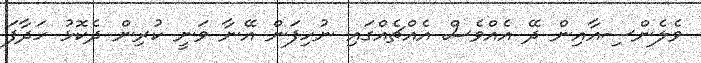
ވެލެންސިއާއިން ދޭ އެއްވެސް އެއްޗެއްގައި ނުހިފަން އޭނާ ވަނީ ކުރިން ދެކޮޅު ހަދާފަ